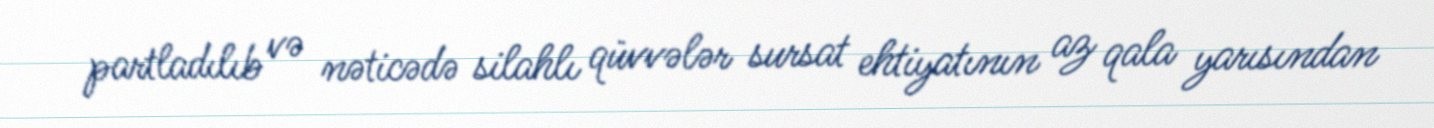
partladılıb və nəticədə silahlı qüvvələr sursat ehtiyatının az qala yarısından